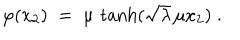
LaTeX: \varphi ( x _ { 2 } ) \; = \; \mu \, \tanh ( \sqrt { \lambda } \, \mu x _ { 2 } ) \; .